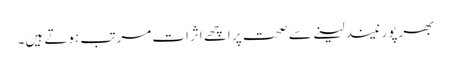
بھرپور نیند لینے سے صحت پر اچھے اثرات مرتب ہوتے ہیں۔